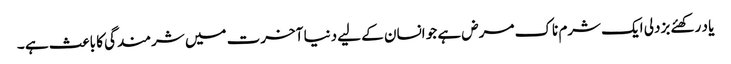
یا د رکھئے بزدلی ایک شرم ناک مرض ہے جو انسان کے لیے دنیا آخرت میں شرمندگی کا باعث ہے ۔